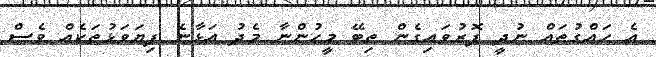
އެ ހައްގުތައް ނުދީ ފޮރުވައިގެން ތިބޭ މީހުންނާ މެދު އަޅާނެ ފިޔަވަޅުތަކެއް ވެސް